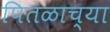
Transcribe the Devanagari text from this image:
पितळाच्या